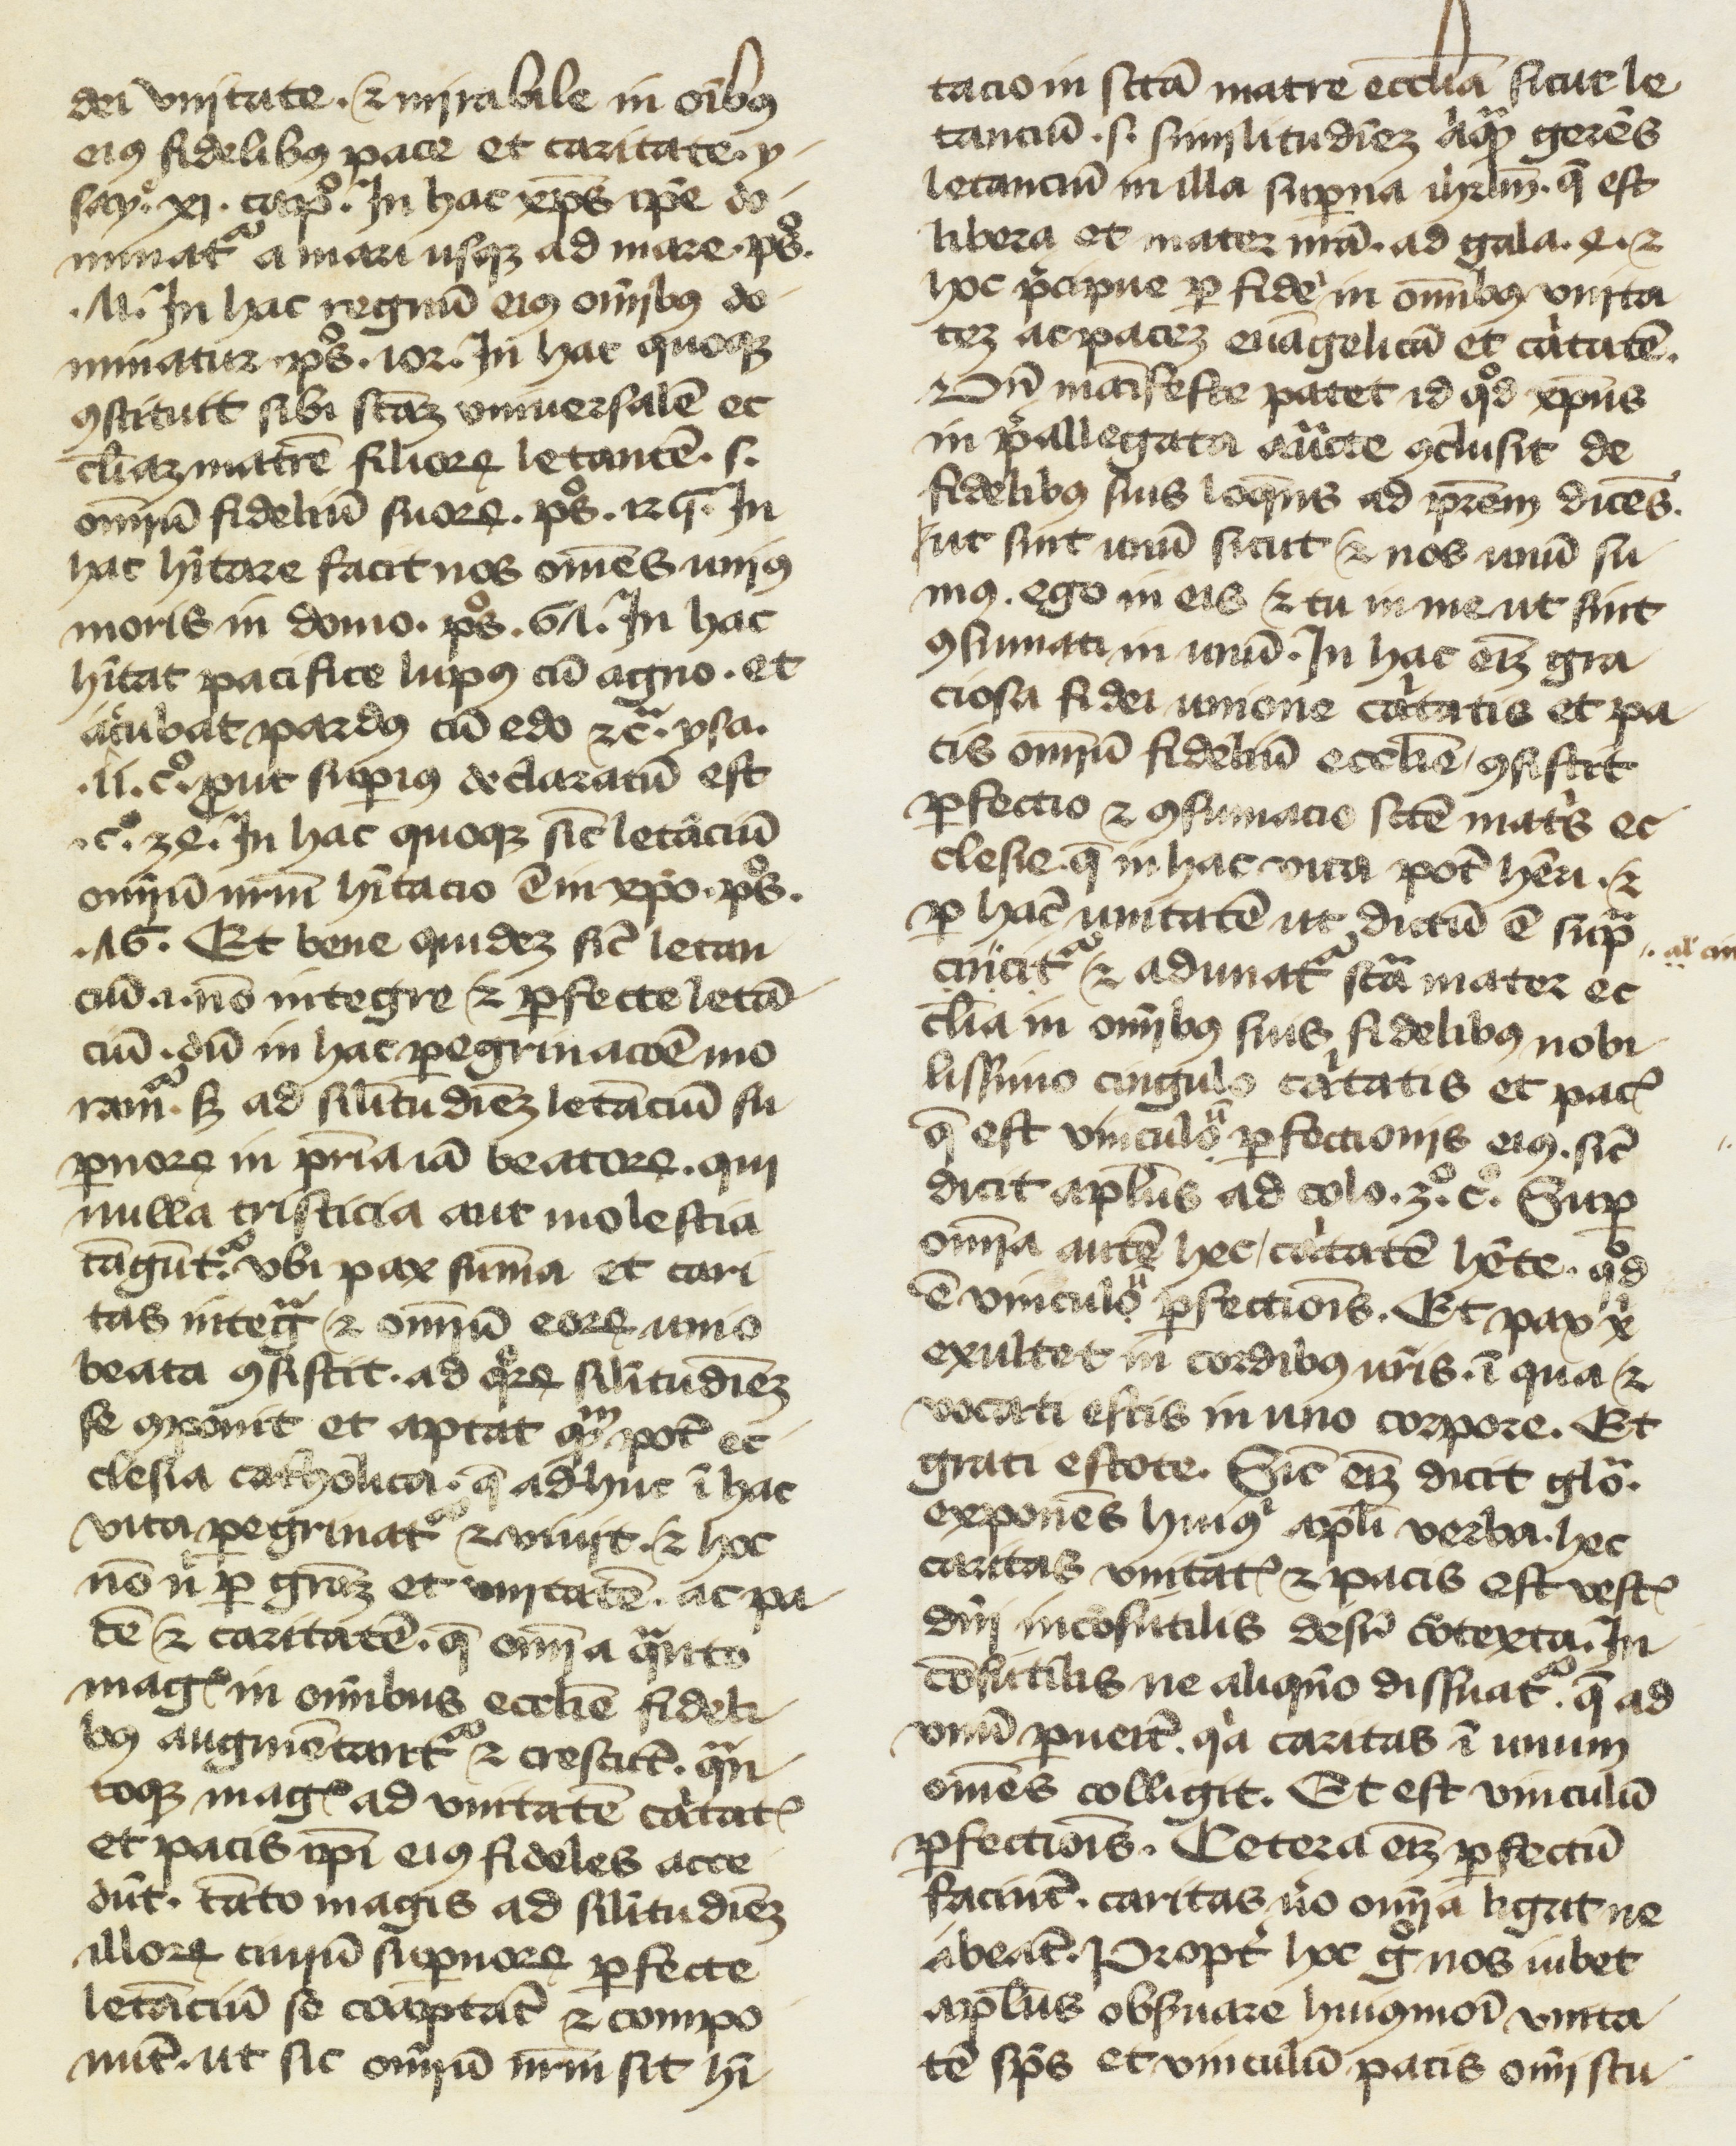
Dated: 1400–1499